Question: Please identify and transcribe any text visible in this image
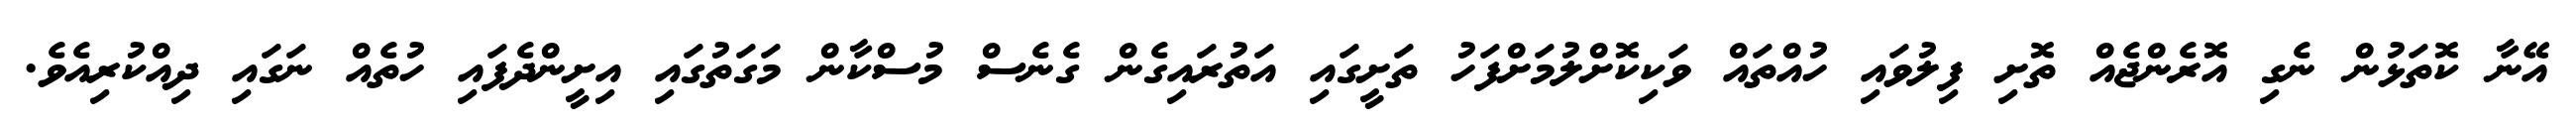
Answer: އޭނާ ކޮތަޅުން ނެގި އޮރެންޖެއް ތޮށި ފިލުވައި ހުއްތައް ވަކިކޮށްލުމަށްފަހު ތަށީގައި އަތުރައިގެން ގެނެސް މުސްކާން މަގަތުގައި އިށީންދެފައި ހުތެއް ނަގައި ދިއްކުރިއެވެ.